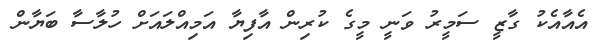
އެއާއެކު ގާޒީ ސަމީރު ވަނީ މީގެ ކުރިން އާފިޔާ އަމިއްލައަށް ހުލާސާ ބަޔާން